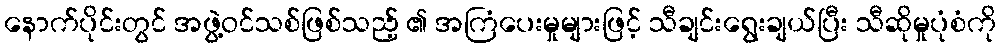
နောက်ပိုင်းတွင် အဖွဲ့ဝင်သစ်ဖြစ်သည့် ၏ အကြံပေးမှုများဖြင့် သီချင်းရွေးချယ်ပြီး သီဆိုမှုပုံစံကို